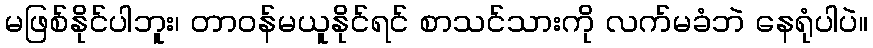
မဖြစ်နိုင်ပါဘူး၊ တာဝန်မယူနိုင်ရင် စာသင်သားကို လက်မခံဘဲ နေရုံပါပဲ။